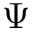
\Psi